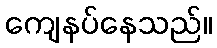
ကျေနပ်နေသည်။